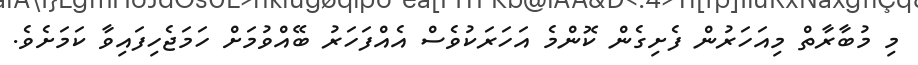
މި މުބާރާތް މިއަހަރުން ފެށިގެން ކޮންމެ އަހަރަކުވެސް އެއްފަހަރު ބޭއްވުމަށް ހަމަޖެހިފައިވާ ކަމަށެވެ.